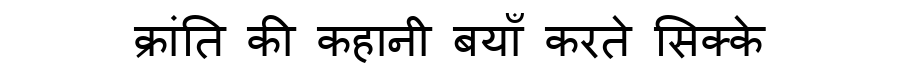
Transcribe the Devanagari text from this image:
क्रांति की कहानी बयाँ करते सिक्के